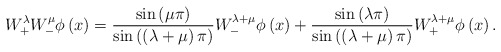
\begin{align*}W_+^{\lambda} W_-^{\mu} \phi \left(x\right) = \frac{\sin\left(\mu \pi\right)}{\sin\left( \left(\lambda +\mu\right) \pi \right)} W_-^{\lambda + \mu} \phi \left(x\right) + \frac{\sin\left(\lambda \pi \right)}{\sin\left( \left(\lambda +\mu\right) \pi \right)} W_+^{\lambda + \mu} \phi \left(x\right). \end{align*}